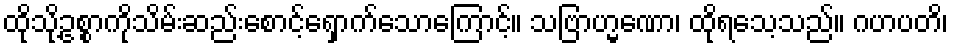
ထိုသို့ဥစ္စာကိုသိမ်းဆည်းစောင့်ရှောက်သောကြောင့်။ သဗြာဟ္မဏော၊ ထိုရသေ့သည်။ ဂဟပတိ၊